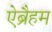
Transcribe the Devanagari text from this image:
ऐब्रैहम